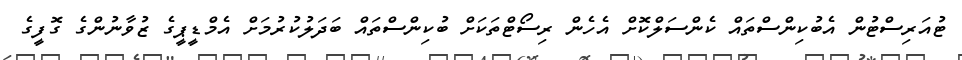
ޓުއަރިސްޓުން އެބުކިންސްތައް ކެންސަލްކޮށް އެހެން ރިސޯޓްތަކަށް ބުކިންސްތައް ބަދަލުކުރުމަށް އެމްޑީޕީގެ ޒުވާނުންގެ ގޮފީގެ